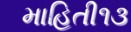
માહિતી૧૩